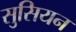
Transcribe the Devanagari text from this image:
सुसियन